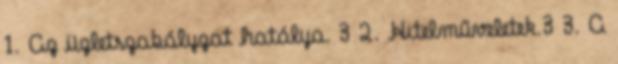
1. Az üzletszabályzat hatálya. 3 2. Hitelműveletek.3 3. A